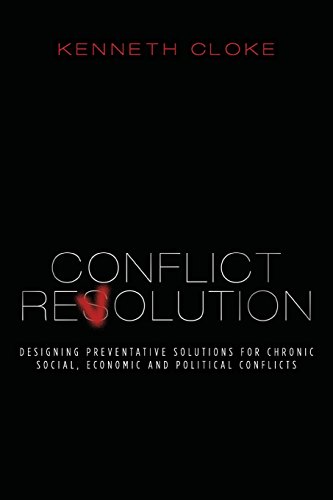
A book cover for Conflict Revolution: Designing Preventative Solutions for Chronic Social, Economic and Political Conflicts; Kenneth Cloke; Business & Money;